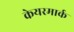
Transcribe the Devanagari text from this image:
केयरमार्क